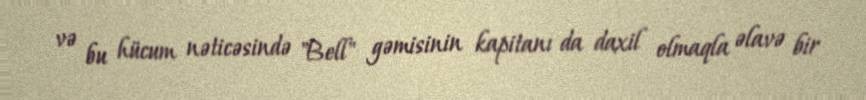
və bu hücum nəticəsində "Bell" gəmisinin kapitanı da daxil olmaqla əlavə bir